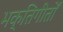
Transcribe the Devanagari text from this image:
भक्तिगीतोँ